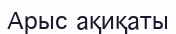
Арыс ақиқаты